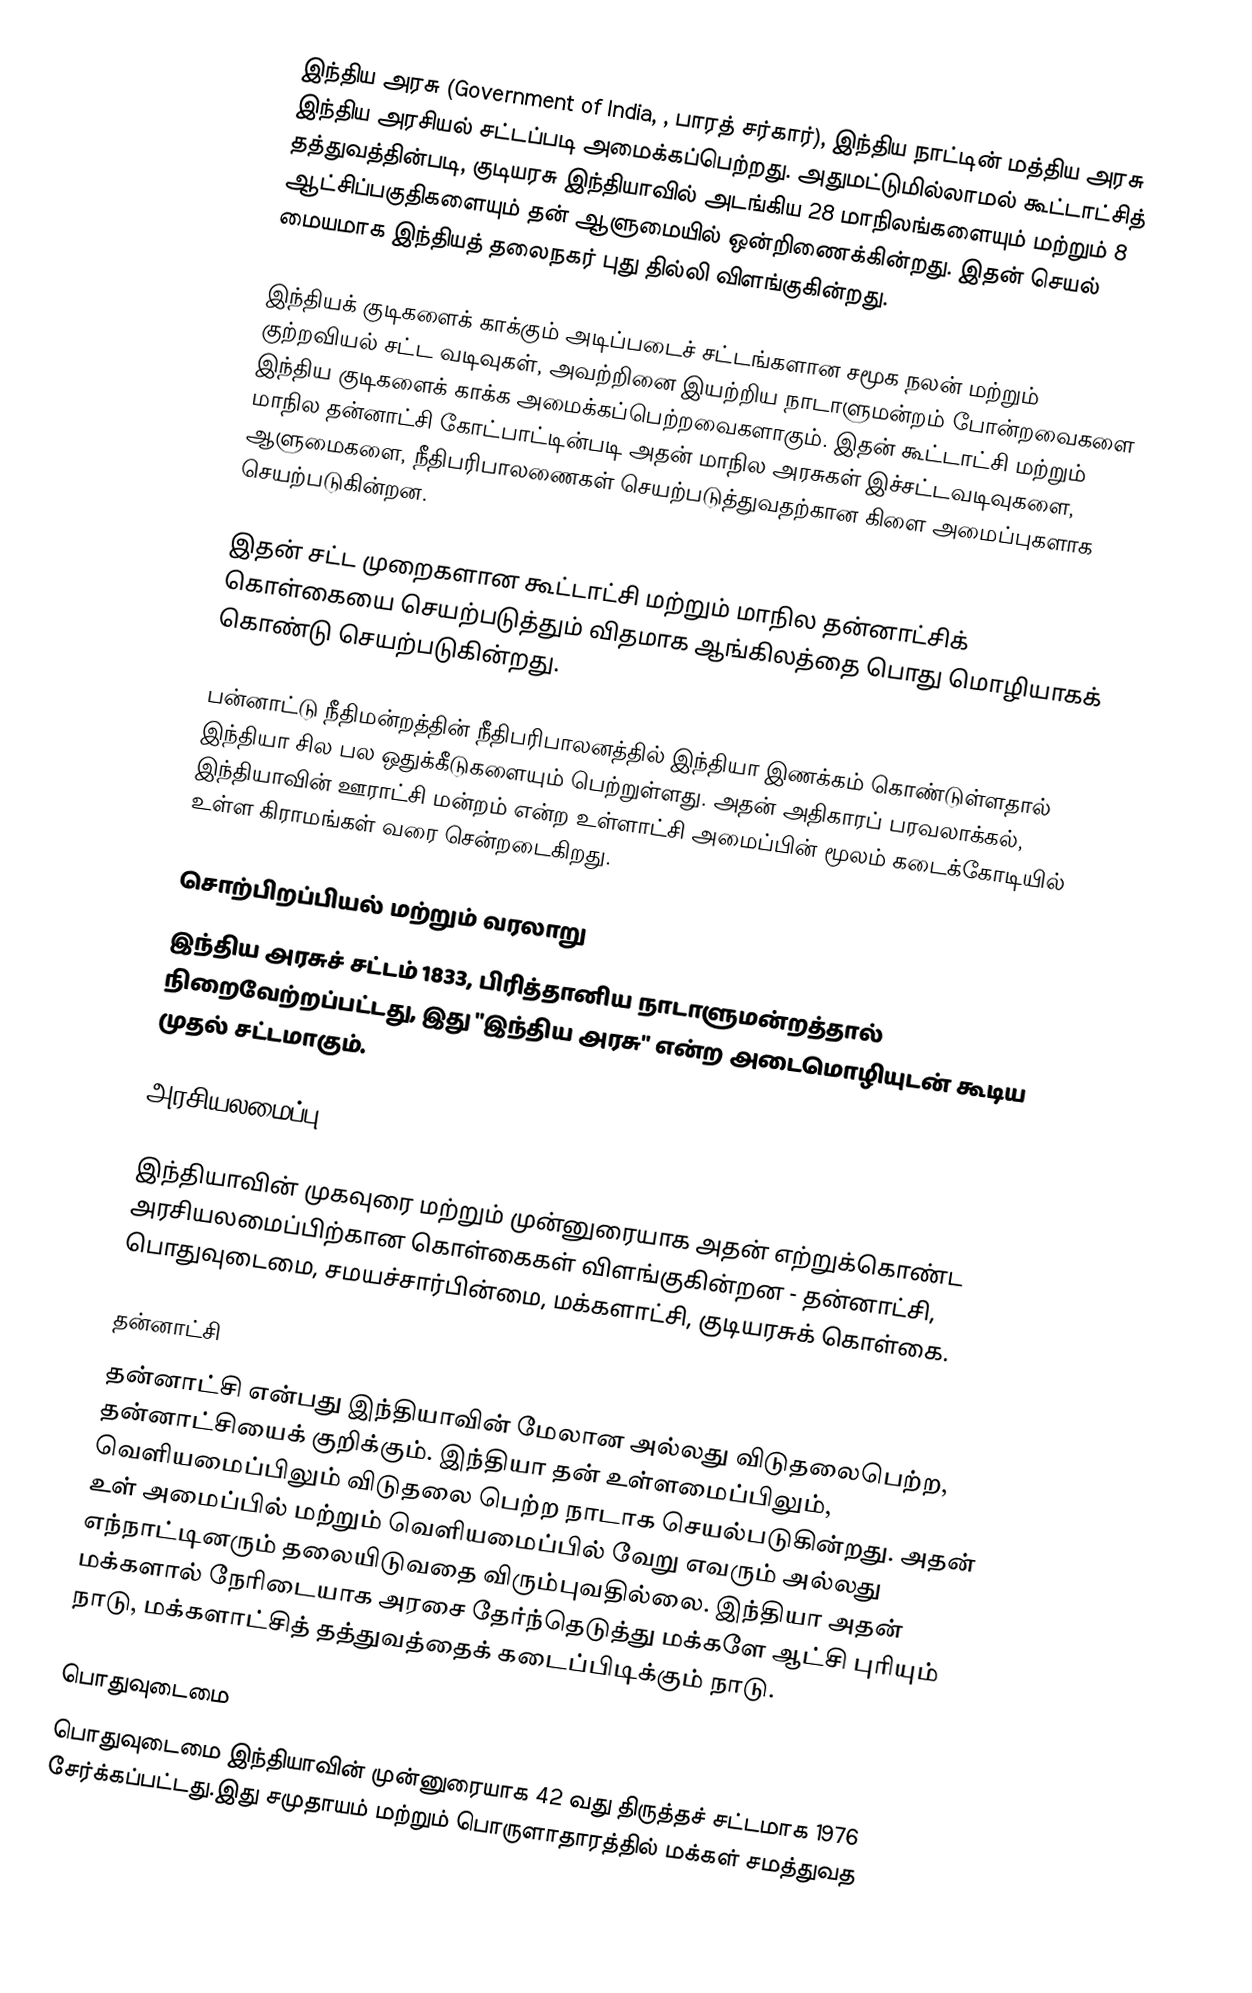
இந்திய அரசு (Government of India, , பாரத் சர்கார்), இந்திய நாட்டின் மத்திய அரசு இந்திய அரசியல் சட்டப்படி அமைக்கப்பெற்றது. அதுமட்டுமில்லாமல்  கூட்டாட்சித் தத்துவத்தின்படி, குடியரசு இந்தியாவில் அடங்கிய 28 மாநிலங்களையும் மற்றும் 8  ஆட்சிப்பகுதிகளையும் தன் ஆளுமையில் ஒன்றிணைக்கின்றது. இதன் செயல் மையமாக இந்தியத் தலைநகர் புது தில்லி விளங்குகின்றது.

இந்தியக் குடிகளைக் காக்கும் அடிப்படைச் சட்டங்களான சமூக நலன் மற்றும் குற்றவியல் சட்ட வடிவுகள், அவற்றினை இயற்றிய நாடாளுமன்றம் போன்றவைகளை இந்திய குடிகளைக் காக்க அமைக்கப்பெற்றவைகளாகும். இதன் கூட்டாட்சி மற்றும் மாநில தன்னாட்சி கோட்பாட்டின்படி  அதன் மாநில அரசுகள் இச்சட்டவடிவுகளை, ஆளுமைகளை, நீதிபரிபாலணைகள் செயற்படுத்துவதற்கான கிளை அமைப்புகளாக செயற்படுகின்றன.

இதன் சட்ட முறைகளான கூட்டாட்சி மற்றும் மாநில தன்னாட்சிக் கொள்கையை செயற்படுத்தும் விதமாக ஆங்கிலத்தை பொது மொழியாகக்  கொண்டு செயற்படுகின்றது.

பன்னாட்டு நீதிமன்றத்தின் நீதிபரிபாலனத்தில் இந்தியா இணக்கம் கொண்டுள்ளதால் இந்தியா சில பல ஒதுக்கீடுகளையும் பெற்றுள்ளது. அதன் அதிகாரப் பரவலாக்கல், இந்தியாவின் ஊராட்சி மன்றம் என்ற உள்ளாட்சி அமைப்பின் மூலம் கடைக்கோடியில் உள்ள கிராமங்கள் வரை சென்றடைகிறது.

சொற்பிறப்பியல் மற்றும் வரலாறு
இந்திய அரசுச் சட்டம் 1833, பிரித்தானிய நாடாளுமன்றத்தால் நிறைவேற்றப்பட்டது, இது "இந்திய அரசு" என்ற அடைமொழியுடன் கூடிய முதல் சட்டமாகும்.

அரசியலமைப்பு

இந்தியாவின் முகவுரை மற்றும் முன்னுரையாக அதன் எற்றுக்கொண்ட  அரசியலமைப்பிற்கான  கொள்கைகள் விளங்குகின்றன - தன்னாட்சி, பொதுவுடைமை, சமயச்சார்பின்மை, மக்களாட்சி, குடியரசுக் கொள்கை.

தன்னாட்சி
தன்னாட்சி என்பது இந்தியாவின் மேலான அல்லது விடுதலைபெற்ற, தன்னாட்சியைக் குறிக்கும். இந்தியா தன் உள்ளமைப்பிலும், வெளியமைப்பிலும் விடுதலை பெற்ற நாடாக செயல்படுகின்றது. அதன் உள் அமைப்பில் மற்றும் வெளியமைப்பில் வேறு எவரும் அல்லது எந்நாட்டினரும் தலையிடுவதை விரும்புவதில்லை. இந்தியா அதன் மக்களால் நேரிடையாக அரசை தேர்ந்தெடுத்து  மக்களே ஆட்சி புரியும் நாடு, மக்களாட்சித் தத்துவத்தைக் கடைப்பிடிக்கும் நாடு.

பொதுவுடைமை
பொதுவுடைமை இந்தியாவின் முன்னுரையாக 42 வது திருத்தச் சட்டமாக 1976 சேர்க்கப்பட்டது.இது சமுதாயம் மற்றும் பொருளாதாரத்தில் மக்கள் சமத்துவத